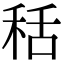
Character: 秳